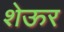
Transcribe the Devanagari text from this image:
शेऊर